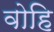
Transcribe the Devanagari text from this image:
वोहि